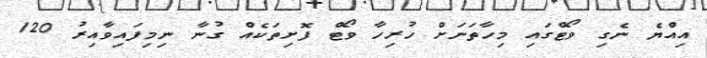
އިއްޔެ ނެގި ވޯޓްގައި މިހާތަނަށް ހުރިހާ ވޯޓް ފޮށިތަކެއް ގުނާ ނިމިފައިވާއިރު 120